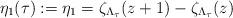
LaTeX: \begin{align*}\eta_1(\tau):=\eta_1=\zeta_{\Lambda_\tau}(z+1)-\zeta_{\Lambda_\tau}(z)\end{align*}